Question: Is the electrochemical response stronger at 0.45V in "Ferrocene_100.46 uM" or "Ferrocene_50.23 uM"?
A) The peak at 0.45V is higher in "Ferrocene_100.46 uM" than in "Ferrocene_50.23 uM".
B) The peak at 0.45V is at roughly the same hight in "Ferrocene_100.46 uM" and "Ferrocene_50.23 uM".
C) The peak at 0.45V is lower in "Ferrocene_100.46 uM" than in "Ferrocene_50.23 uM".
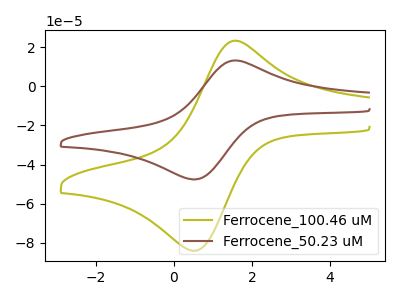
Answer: <think>The olive curve "Ferrocene_100.46 uM" has an anodic peak at (1.60V, 23.30uA) and a cathodic peak at (0.45V, -83.95uA). The brown curve "Ferrocene_50.23 uM" has an anodic peak at (1.60V, 13.20uA) and a cathodic peak at (0.45V, -47.55uA).</think>
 <answer>A) The peak at 0.45V is higher in "Ferrocene_100.46 uM" than in "Ferrocene_50.23 uM".</answer>
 <eval>A</eval>